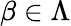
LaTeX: \beta\in\Lambda